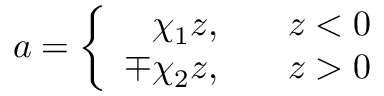
a = \left\{ \begin{array} { r l } { { \chi _ { 1 } z , } } & { { \; \ \ z < 0 } } \\ { { \mp \chi _ { 2 } z , } } & { { \; \ \ z > 0 } } \end{array} \right.